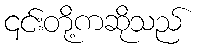
၎င်းတို့ကဆိုသည်